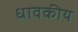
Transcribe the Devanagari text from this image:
धावकीय